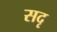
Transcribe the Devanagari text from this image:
सदृ